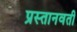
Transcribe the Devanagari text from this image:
प्रस्तानवती